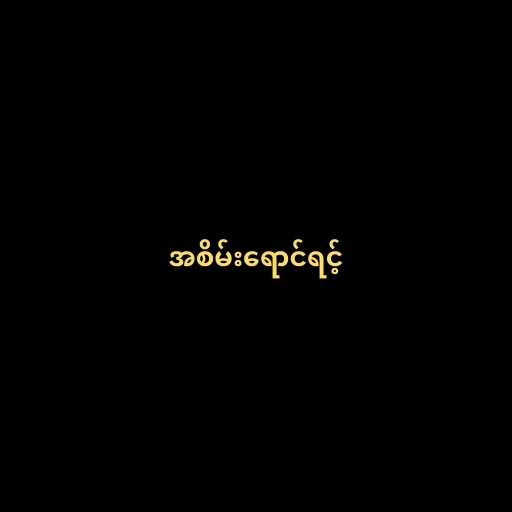
အစိမ်းရောင်ရင့်